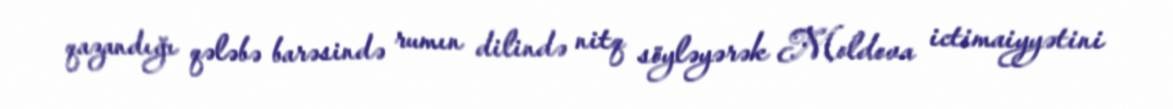
qazandığı qələbə barəsində rumın dilində nitq söyləyərək Moldova ictimaiyyətini